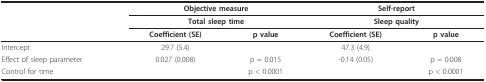
<table><thead><tr><td></td><td colspan="2"><b>Objective measure</b></td><td colspan="2"><b>Self-report</b></td></tr><tr><td></td><td colspan="2"><b>Total sleep time</b></td><td colspan="2"><b>Sleep quality</b></td></tr><tr><td></td><td><b>Coefficient (SE)</b></td><td><b>p value</b></td><td><b>Coefficient (SE)</b></td><td><b>p value</b></td></tr></thead><tbody><tr><td>Intercept</td><td>29.7 (5.4)</td><td></td><td>47.3 (4.9)</td><td></td></tr><tr><td>Effect of sleep parameter</td><td>0.027 (0.008)</td><td>p = 0.015</td><td>-0.14 (0.05)</td><td>p = 0.008</td></tr><tr><td>Control for time</td><td></td><td>p &lt; 0.0001</td><td></td><td>p &lt; 0.0001</td></tr></tbody></table>